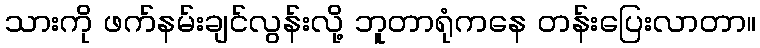
သားကို ဖက်နမ်းချင်လွန်းလို့ ဘူတာရုံကနေ တန်းပြေးလာတာ။